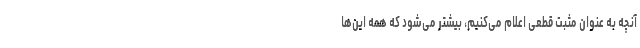
آنچه به عنوان مثبت قطعی اعلام می‌کنیم، بیشتر می‌شود که همه این‌ها